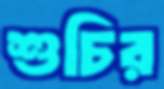
শুচির